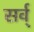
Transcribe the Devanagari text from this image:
सर्व्